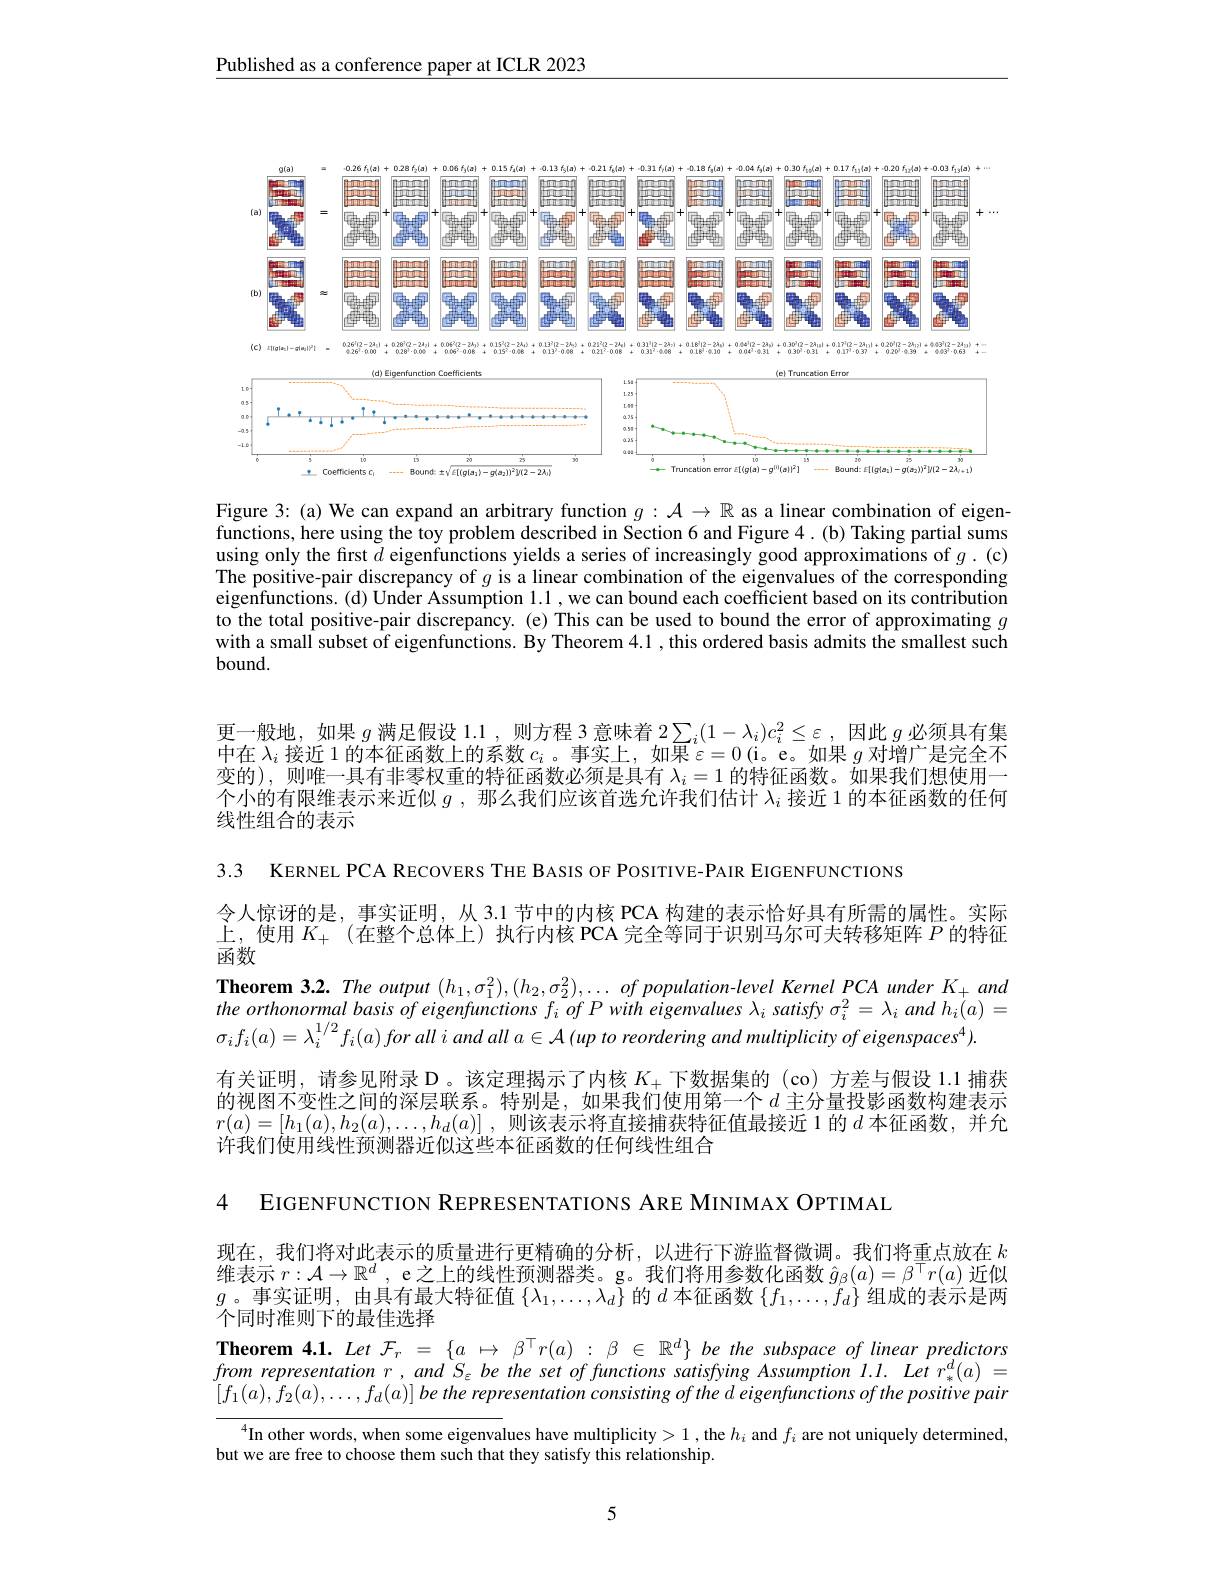
$\underline{\text{Published as a conference paper at ICLR 2023}}$

<FigureHere>

<FigureHere>

Figure 3: (a) We can expand an arbitrary function $g:\mathcal{A}\to\mathbb{R}$ as a linear combination of eigenfunctions, here using the toy problem described in Section 6 and Figure 4.(b) Taking partial sums using only the first $d$ eigenfunctions yields a series of increasingly good approximations of $g.$ (c) The positive-pair discrepancy of $g$ is a linear combination of the eigenvalues of the corresponding eigenfunctions. (d) Under Assumption l.1 , we can bound each coefficient based on its contribution to the total positive-pair discrepancy. (e) This can be used to bound the error of approximating $g$ with a small subset of eigenfunctions. By Theorem 4.1, this ordered basis admits the smallest such $bound.$

更一般地，如果$g$满足假设 1.1, 则方程 3 意味着 2$\sum_i(1-\lambda_i)c_i^2\leq\varepsilon$,因此$g$必须具有集中在$\lambda_i$接近 1 的本征函数上的系数$c_i$ 。事实上，如果$\varepsilon=0$ (i。e。如果$g$对增广是完全不变的),则唯一具有非零权重的特征函数必须是具有$\lambda_i=1$的特征函数。如果我们想使用一个小的有限维表示来近似$g$ ,那么我们应该首选允许我们估计$\lambda_i$接近 1 的本征函数的任何线性组合的表示

3.3 KERNEL PCA RECOVERS THE BASIS OF POSITIVE-PAIR EIGENFUNCTIONS

令人惊讶的是，事实证明，从 3.1 节中的内核 PCA 构建的表示恰好具有所需的属性。实际上，使用$K_+$ (在整个总体上)执行内核 PCA 完全等同于识别马尔可夫转移矩阵$P$的特征函数
$\textbf{Theorem 3. 2. The output }( h_{1}, \sigma _{1}^{2}) , ( h_{2}, \sigma _{2}^{2}) , \ldots of$ population-level Kernel PCA under K+ and the orthonormal basis of eigenfunctions $f_{i}\textit{ of P with eigenvalues }\lambda _{i}$ satisfy $\sigma_i^2=\lambda_{i}\textit{ and h}_{i}(a)=$ $\sigma _{i}f_{i}( a) = \lambda _{i}^{1/ 2}f_{i}( a) for$ all $i$ and all $a\in \mathcal{A}$ $( up$ $to$ reordering and multiplicity $of$ $eigenspaces^{4}) .$
有关证明，请参见附录D。该定理揭示了内核$K_+$下数据集的(co)方差与假设 1.1.捕获的视图不变性之间的深层联系。特别是，如果我们使用第一个$d$主分量投影函数构建表示$r( a) = [ h_1( a) , h_2( a) , \ldots , h_d( a) ]$ , 则该表示将直接捕获特征值最接近1的$d$ 本征函数，并允许我们使用线性预测器䜣似这些本征函数的任何线性组合

4 EIGENFUNCTION REPRESENTATIONS ARE MINIMAX OPTIMAL

现在，我们将对此表示的质量进行更精确的分析，以进行下游监督微调。我们将重点放在$k$ 维表示$r:\mathcal{A}\to\mathbb{R}^d$, e之上的线性预测器类。g。我们将用参数化函数$\hat{g}_\beta(a)=\beta^\top r(a)$近似$g$。事实证明，由具有最大特征值$\{\lambda_1,\ldots,\lambda_d\}$的$d$本征函数$\{f_1,\ldots,f_d\}$组成的表示是两个同时准则下的最佳选择

Theorem $4. 1. LetF_{r}= \{ a$ $\mapsto$ $\beta ^{\top }r( a)$ : $\beta$ $\in$ $\mathbb{R} ^{d}\}$ be the subspace of linear predictors

$[f_1(a),f_2(a),\ldots,f_d(a)]betherepresentationconsistingofthedeigenfunctionsofthepositivepair$

$^{4}$In other words, when some eigenvalues have multiplicity>1,the $h_i$ and $f_i$ are not uniquely determined,

but we are free to choose them such that they satisfy this relationship

5